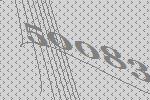
50083